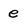
Character: e